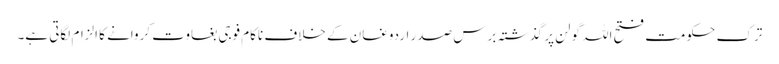
ترک حکومت فتح اللہ گولن پر گذشتہ برس صدر اردوغان کے خلاف ناکام فوجی بغاوت کروانے کا الزام لگاتی ہے۔